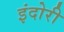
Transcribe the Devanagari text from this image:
इंदोरी